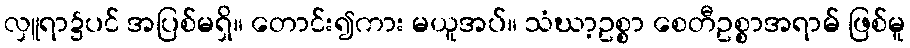
လှူရာ၌ပင် အပြစ်မရှိ။ တောင်း၍ကား မယူအပ်။ သံဃာ့ဥစ္စာ စေတီဥစ္စာအရာမ် ဖြစ်မူ